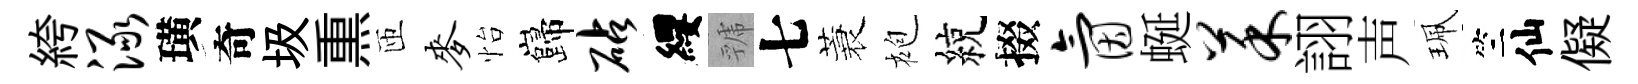
絝渌璜奇圾𤋱匝麦怡巋砧纓虢七蓑袍綂掇氤蜒菜詡声珮竺仙儗